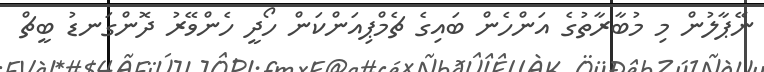
ނޭޕާލުން މި މުބާރާތުގެ އަންހެން ބައިގެ ޗެމްޕިއަންކަން ހޯދީ ހެންވޭރު ދޮންގަނޑު ބީޗް